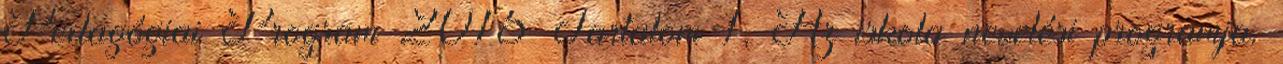
Pedagógiai Program 2015 Tartalom 1. Az iskola nevelési programja.